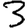
Digit: 3